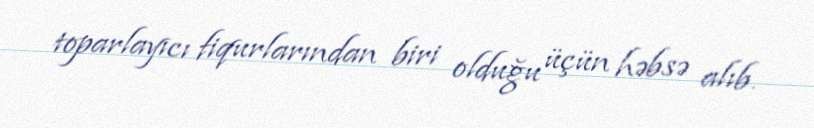
toparlayıcı fiqurlarından biri olduğu üçün həbsə alıb.